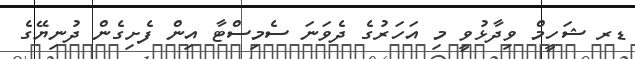
ޑރ ޝަހީމް ވިދާޅުވީ މި އަހަރުގެ ދެވަނަ ސެމިސްޓާ އިން ފެށިގެން ދުނިޔޭގެ